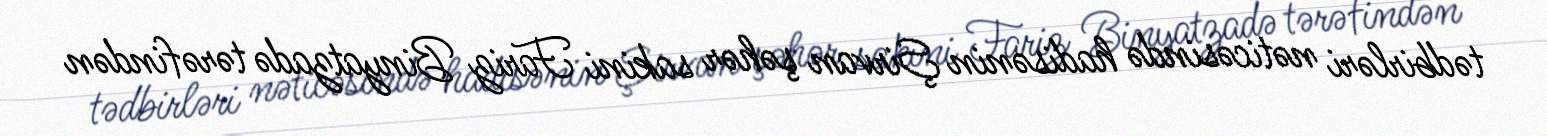
tədbirləri nəticəsində hadisənin Şirvan şəhər sakini Fariz Binyatzadə tərəfindən